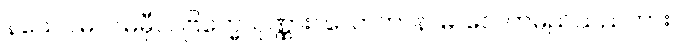
နသေဝါမိ၊ ငါမမှီဝဲ။ ဗြဟ္မေ၊ ပုဏ္ဏား။ လောကာနာမ၊ လေကမည်သည်ကား။